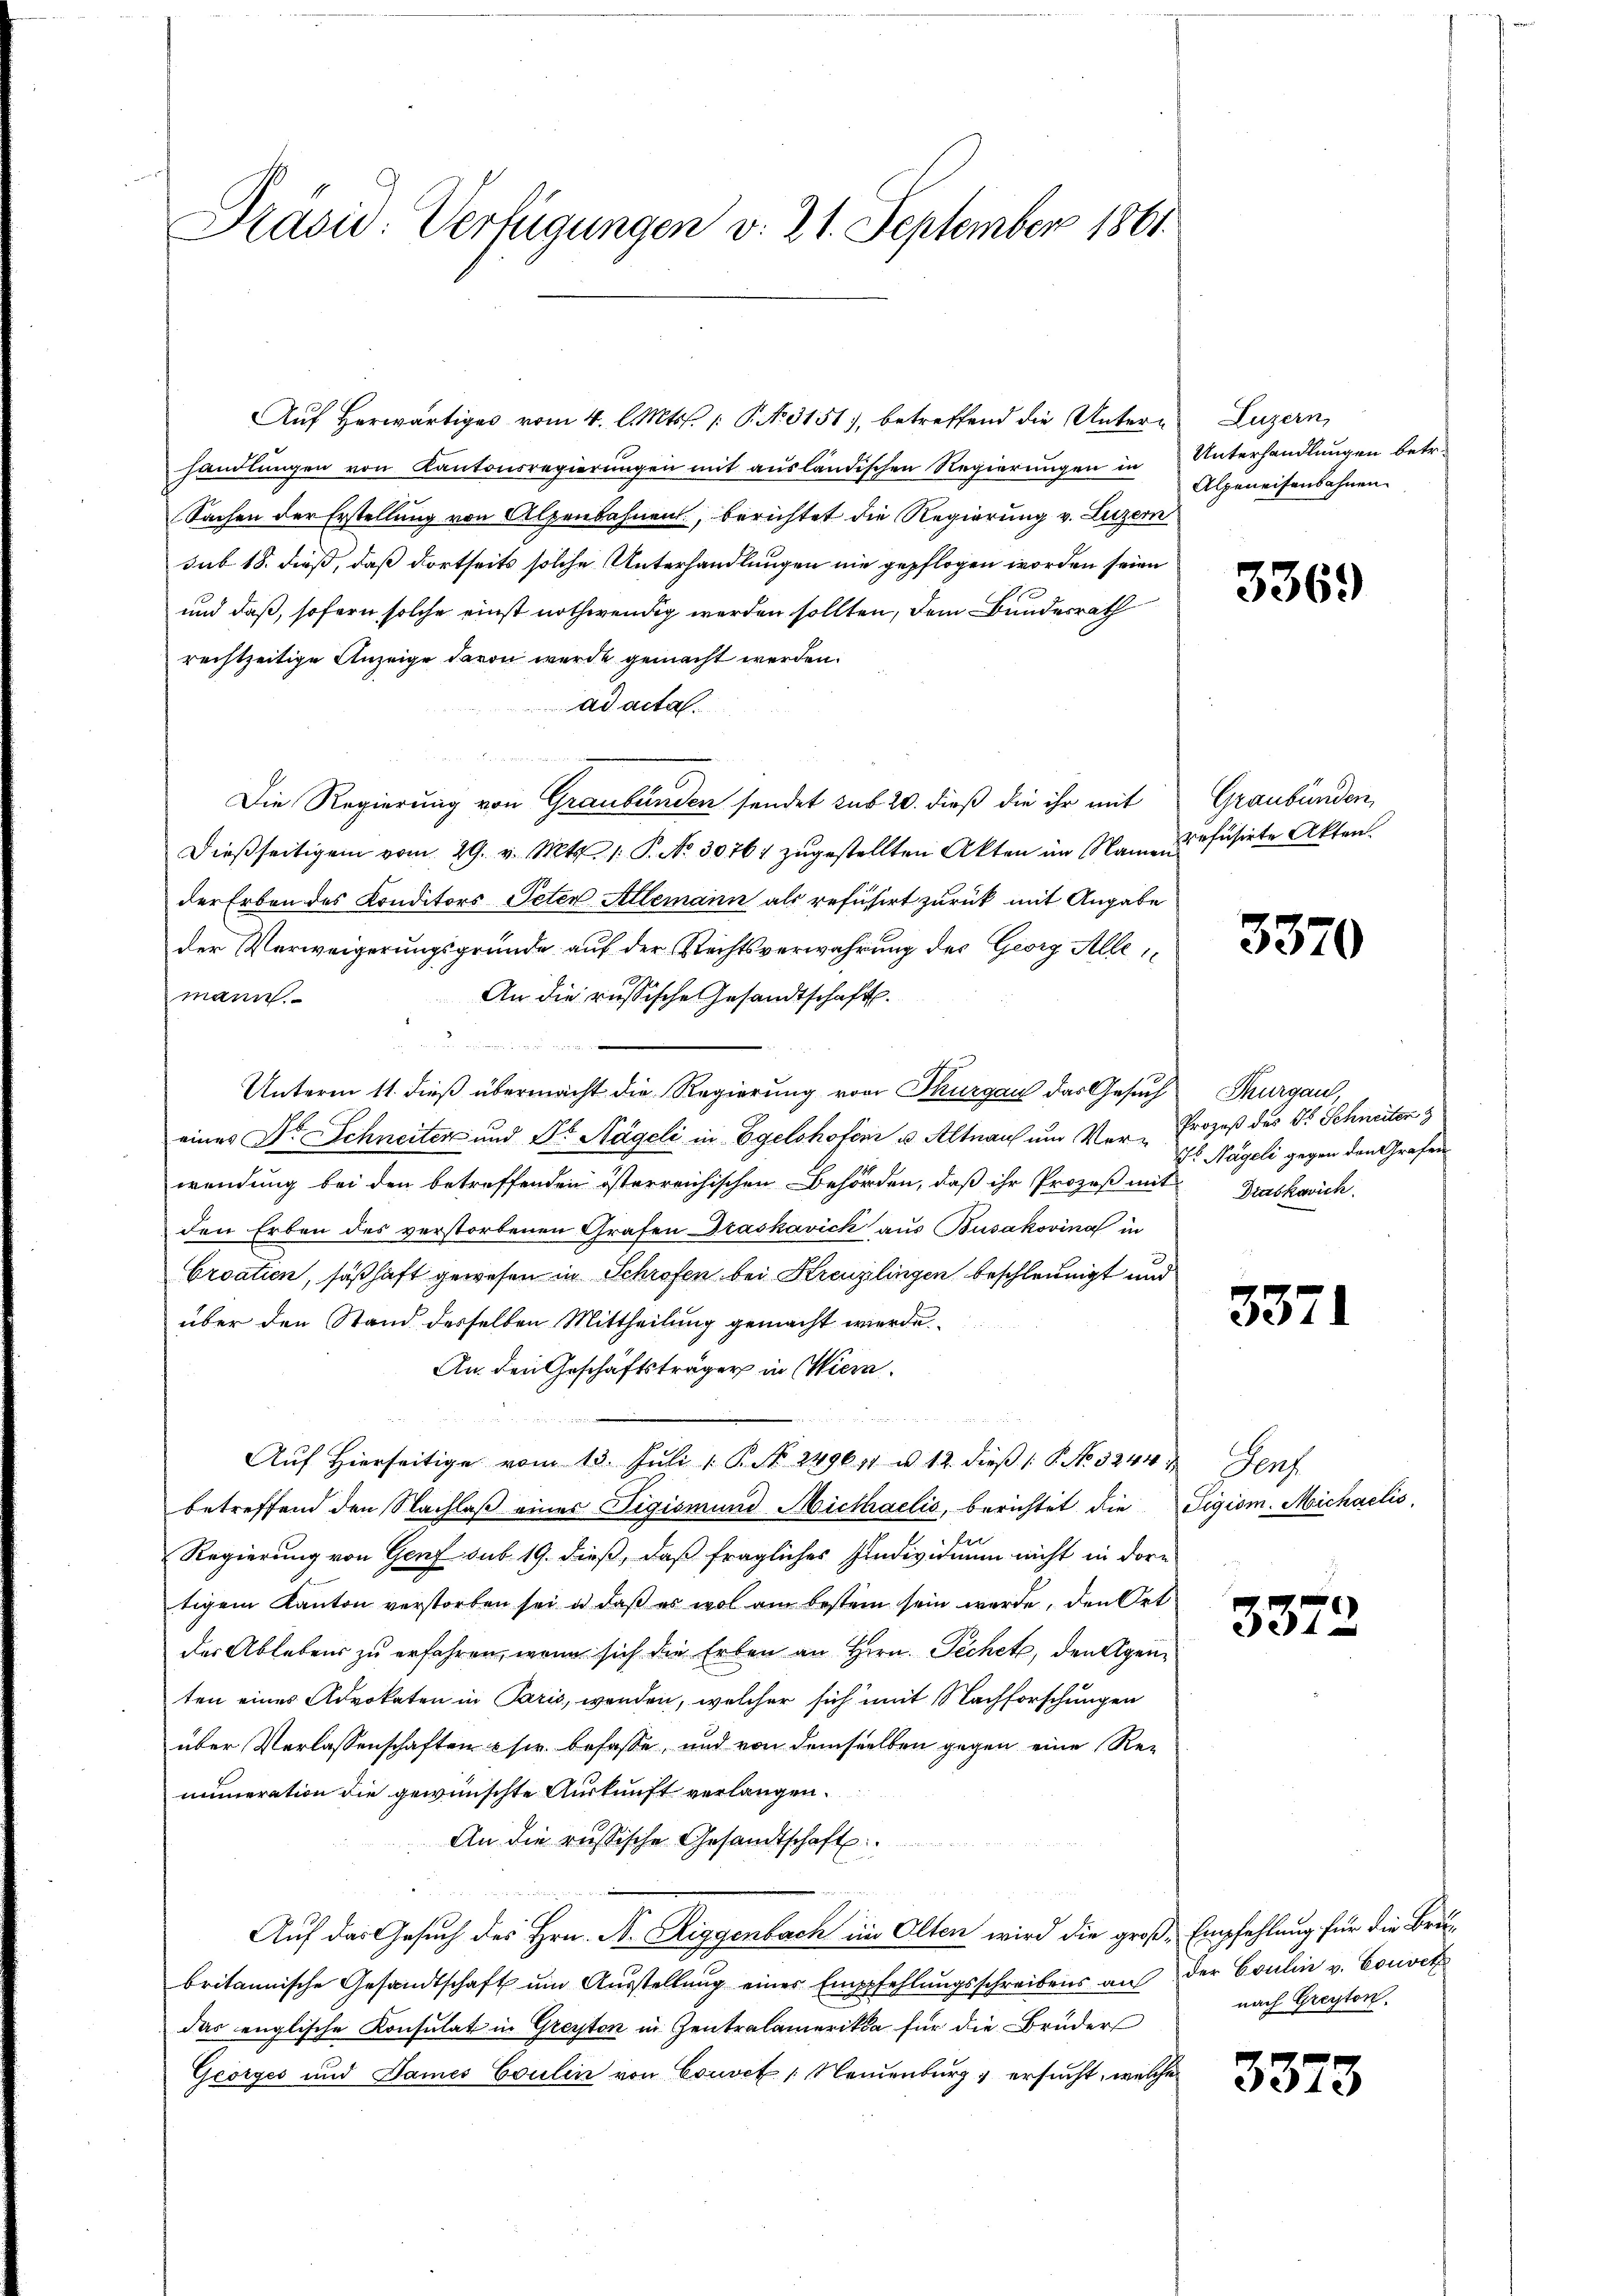
Präsid. Verfügungen v. 21. September 1861

handlŭngen von Kantonsregierŭngen mit ausländischen Regierŭngen in Unterhandlungen betr.
Sachen der Erstellung von Alpenbahnen, berichtet die Regierung v. Luzern
sub 18. dieß, daß dortseits solche Unterhandlungen nie gepflogen worden seien
und daß, sofern solche einst nothwendig werden sollten, dem Bundesrath
rechtzeitige Anzeige davon wurde gemacht werden.
ad acta.
Die Regierung von Graubünden sendet sub 20. dieß die ihr mit
Dieβseitigem vom 29. v. Mts. 1. P. No. 30761 zŭgestellten Akten im Namenfüsirte Akten.
der Erben des Konditors Peter Allemann als refusirt zurück mit Angabe
der Verweigerungsgründe auf der Rechtsverwahrung des Georg Allei
An die russische Gesandtschaft.
mann.
Unterm 11. dieß übermacht die Regierung von Thurgau das Gesuch
eines Dr. Schneiten und Dr Nägeli in Egelohofen u. Altnach um Ver- ob Nägeli gegen den Grafen
wendung bei den betreffenden österreichischen Behörden, daß ihr Prozeß mit Braskovich.
den Erben des verstorbenen Grafen Draskavick aus Busakovina in
Eroatien, seßhaft gewesen in Schröfen bei Kreuzlingen beschleunigt und
über den Stand derselben Mittheilung gemacht werde.
An den Geschäftsträger in Wiern.
Auf hierseitige vom 13. Juli 1 P. No. 249011 u 12. dieβ (: P. No 3244
betreffend den Nachlaß eines Tigismund Michaelis, berichtet die Sigism. Michaelis,
Regierung von Genf sub 19. dieß, daß fragliches Individuum nicht in dere
tigem Kanton verstorben sei u. daß es wol am bestein sein werde, den Ort
der Ablebens zu erfahren, wenn sich die Erben an Hern. Pechet, den Agenten eines Advokaten in Paris, wenden, welcher sich mit Nachforschungen
über Verlassenschaften & sie befasse, und von demselben gegen eine Re-
numeration die gewünschte Auskunft verlangen.
An die russische Gesandtschaft
Auf das Gesuch des Hrn. N. Diggenbach im Olten wird die große Empfehlung für die Brubritannische Gesandtschaft um Ausstellung einer Empfehlungsschreibens auf der Coulin v. Convit
das englische Konsulat in Greyten in Zentralamerika für die Bruders
Georges und James Coulin von Couvet Neuenburg ersucht, welche

Auf Herwärtiges vom 4. l. Mts. 1 P. NNo. 3151, betreffend die Unter¬

Luzern,
Alpeneisenbahnen.

3369

Graubünden

3370

Thurgau,
Prozeß des Dr. Schneiter

3371

Perf

3372

nach Greiten.

3373